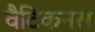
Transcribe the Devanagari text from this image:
वैटिकनस